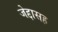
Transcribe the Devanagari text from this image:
जेद्दासह